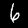
Digit: 6